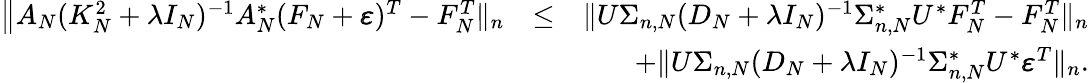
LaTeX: \begin{array}{rlr}{\big\| A_{N}(K_{N}^{2}+\lambda I_{N})^{-1}A_{N}^{*}(F_{N}+\pmb\varepsilon)^{T}-F_{N}^{T}\| _{n}}&{\leq}&{\| U\Sigma_{n,N}(D_{N}+\lambda I_{N})^{-1}\Sigma_{n,N}^{*}U^{*}F_{N}^{T}-F_{N}^{T}\| _{n}}\\ &{}&{+\| U\Sigma_{n,N}(D_{N}+\lambda I_{N})^{-1}\Sigma_{n,N}^{*}U^{*}\pmb\varepsilon^{T}\| _{n}.}\end{array}